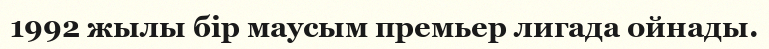
1992 жылы бір маусым премьер лигада ойнады.